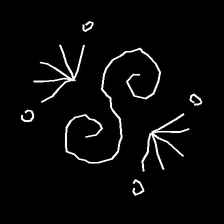
Glyph: aeroform